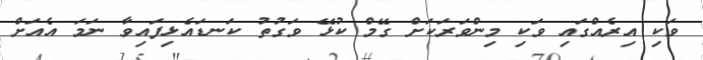
ވަކި އިރެއްގައި ވަކި މިންވަރަކަށް ގޭމް ކުޅޭ ވަގުތު ކަނޑައެޅިފައިވާ ނަމަ އެއަށް